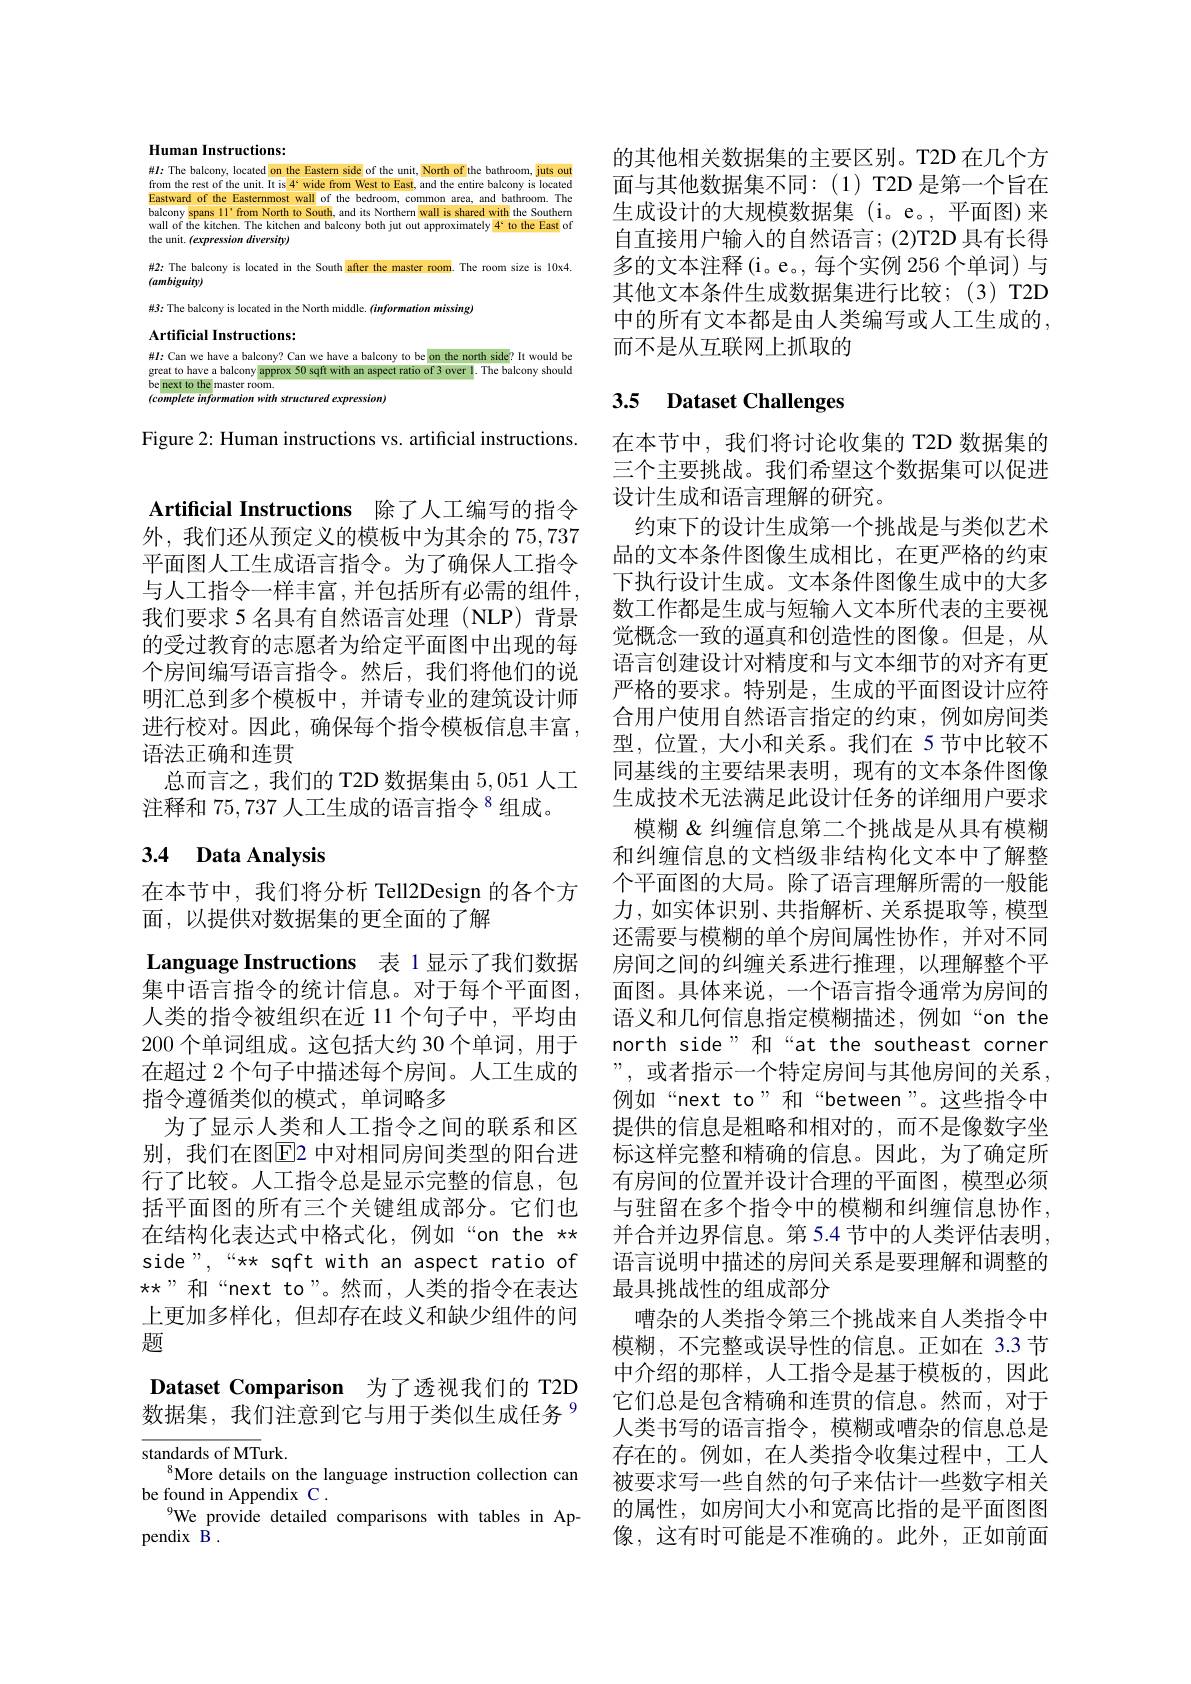
Human Instructions:

#I: The balcony, located on the Eastern side of the unit, North of
bathroom, juts out
from the rest of the unit. It is 4° wide from West to East, and the entire balcony is located Eastward of the Easternmost wall of the bedroom, common area, and bathroom.Thel ballroom.Thel ball ons ind is shared with the Southerm balcony spans 11'from balcony spans 1l'from North to South, and its Northern wall is shared with the Southerm wall of the kitchen. The kitchen and balcony both jut out approximately 4`to the East of the unit. (expression diversity)
$\#2:$ The balcony is located in the South after the master room. The room size is 10x4.
$(ambiguity)$
#3: The balcony is located in the North middle. $(information$ missing)
$\textbf{Artificial Instructions: }$ $\# I:$Can we have ablcony? Can we have a balcony to be on the north side? It would be great to have a balcony approx 50 sqft with an aspect ratio of 3 over l. The balcony should be beenext to the master room. ( complere inform

Figure 2: Human instructions vs. artificial instructions.

Artificial Instructions 除了人工编写的指令外，我们还从预定义的模板中为其余的 75,737平面图人工生成语言指令。为了确保人工指令与人工指令一样丰富，并包括所有必需的组件， 我们要求 5 名具有自然语言处理 (NLP) 背景的受过教育的志愿者为给定平面图中出现的每个房间编写语言指令。然后，我们将他们的说明汇总到多个模板中，并请专业的建筑设计师进行校对。因此，确保每个指令模板信息丰富， 语法正确和连贯
总而言之，我们的 T2D 数据集由 5,051 人工
注释和$75,737\text{ 人工生成的语言指令 }^{8}$组成。

# 3.4 Data Analysis

在本节中，我们将分析 Tell2Design 的各个方
面，以提供对数据集的更全面的了解
Language Instructions 表 1 显示了我们数据集中语言指令的统计信息。对于每个平面图， 人类的指令被组织在近 11 个句子中，平均由200 个单词组成。这包括大约 30 个单词，用于在超过 2 个句子中描述每个房间。人工生成的指令遵循类似的模式，单词略多
为了显示人类和人工指令之间的联系和区别，我们在图$\overline{\mathrm{E}}$2 中对相同房间类型的阳台进括平面图的所有三个关键组成部分。它们也在结构化表达式中格式化，例如“on the ** side",“x* sqft with an aspect ratio of $\star\star”$和“next to”。然而，人类的指令在表达上更加多样化，但却存在歧义和缺少组件的问题

Dataset Comparison 为了透视我们的 T2D 数据集，我们注意到它与用于类似生成任务$^{9}$

${\overline{\text{standards of MT}}}$urk.
More details on the language instruction collection can
be found in Appendix C .
$^{9}$We\_provide detailed comparisons with tables in Ap-
pendix B .

的其他相关数据集的主要区别。T2D 在几个方面与其他数据集不同：(1) T2D 是第一个旨在生成设计的大规模数据集 (i。e。,平面图)来自直接用户输入的自然语言；(2)T2D 具有长得多的文本注释(i。e。,每个实例 256 个单词) 与其他文本条件生成数据集进行比较；(3)T2D 中的所有文本都是由人类编写或人工生成的， 而不是从互联网上抓取的

# 3.5 Dataset Challenges

在本节中，我们将讨论收集的 T2D 数据集的三个主要挑战。我们希望这个数据集可以促进设计生成和语言理解的研究。
约束下的设计生成第一个挑战是与类似艺术品的文本条件图像生成相比，在更严格的约束下执行设计生成。文本条件图像生成中的大多数工作都是生成与短输入文本所代表的主要视觉概念一致的逼真和创造性的图像。但是，从语言创建设计对精度和与文本细节的对齐有更严格的要求。特别是，生成的平面图设计应符合用户使用自然语言指定的约束，例如房间类型，位置，大小和关系。我们在 5节中比较不同基线的主要结果表明，现有的文本条件图像生成技术无法满足此设计任务的详细用户要求
模糊 & 纠缠信息第二个挑战是从具有模糊和纠缠信息的文档级非结构化文本中了解整个平面图的大局。除了语言理解所需的一般能力，如实体识别、共指解析、关系提取等，模型还需要与模糊的单个房间属性协作，并对不同房间之间的纠缠关系进行推理，以理解整个平面图。具体来说，一个语言指令通常为房间的语义和几何信息指定模糊描述，例如“on the north side" 和“at the southeast corner ”,或者指示一个特定房间与其他房间的关系， 例如“next to”和“between”。这些指令中提供的信息是粗略和相对的，而不是像数字坐标这样完整和精确的信息。因此，为了确定所
行了比较。人工指令总是显示完整的信息，包 有房间的位置并设计合理的平面图，模型必须
与驻留在多个指令中的模糊和纠缠信息协作， 并合并边界信息。第 5.4 节中的人类评估表明， 语言说明中描述的房间关系是要理解和调整的最具挑战性的组成部分
嘈杂的人类指令第三个挑战来自人类指令中模糊，不完整或误导性的信息。正如在 3.3 节中介绍的那样，人工指令是基于模板的，因此它们总是包含精确和连贯的信息。然而，对于人类书写的语言指令，模糊或嘈杂的信息总是存在的。例如，在人类指令收集过程中，工人被要求写一些自然的句子来估计一些数字相关的属性，如房间大小和宽高比指的是平面图图像，这有时可能是不准确的。此外，正如前面